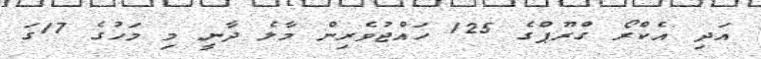
އަދި އެކްރޯ ގްރޫޕްގެ 125 ހައްޖުވެރިން މާލެ ދާނީ މި މަހުގެ 17ގަ